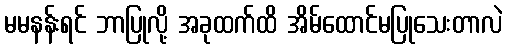
မမနန်းရင် ဘာပြုလို့ အခုထက်ထိ အိမ်ထောင်မပြုသေးတာလဲ